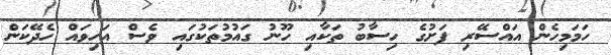
ހަމަމިހެން އައްސޭރި ފަށުގެ ހިސާބު ތަކާއި ހޫނު ގައުމުތަކުގައި ވެސް އަހިވައް ހެދޭކަން